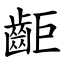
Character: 䶙